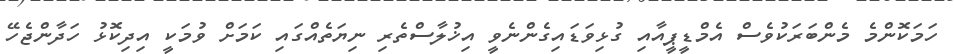
ހަމަކޮންމެ މެންބަރަކުވެސް އެމްޑީޕީއާއި ގުޅިވަޑައިގެންނެވީ އިޚުލާސްތެރި ނިޔަތެއްގައި ކަމަށް ވުމަކީ އިދިކޮޅު ހަދާންޖެހޭ